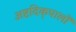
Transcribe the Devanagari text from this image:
अष्टदिक्‌पालों